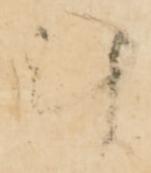
計